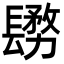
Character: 𨲬